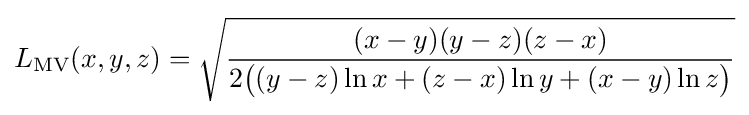
L_{\text{MV}}(x,y,z)={\sqrt {\frac {(x-y)(y-z)(z-x)}{2{\bigl (}(y-z)\ln x+(z-x)\ln y+(x-y)\ln z{\bigr )}}}}